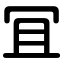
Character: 冝